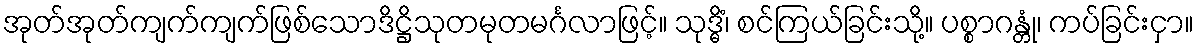
အုတ်အုတ်ကျက်ကျက်ဖြစ်သောဒိဋ္ဌိသုတမုတမင်္ဂလာဖြင့်။ သုဒ္ဓိံ၊ စင်ကြယ်ခြင်းသို့။ ပစ္စာဂန္တုံ၊ ကပ်ခြင်းငှာ။